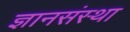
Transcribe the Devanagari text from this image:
ज्ञानसंस्था